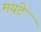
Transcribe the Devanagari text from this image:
मयटे